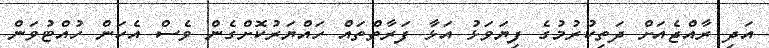
އަދި ރާއްޖެއަށް ދަތިކުރުމުގެ ފިޔަވަޅު އަޅާ ފަރާތްތައް ހައްޔަރުކޮށްގެން ވެސް އެކަން ހުއްޓުވަން